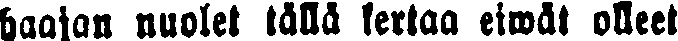
haajan nuolet tällä kertaa eiwät olleet